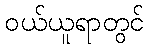
ဝယ်ယူရာတွင်